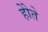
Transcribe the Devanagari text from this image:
होेते